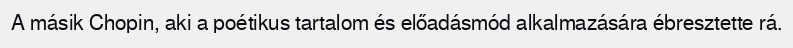
A másik Chopin, aki a poétikus tartalom és előadásmód alkalmazására ébresztette rá.